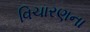
વિચારણના